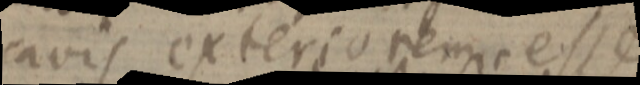
cavis exteriorem, esse